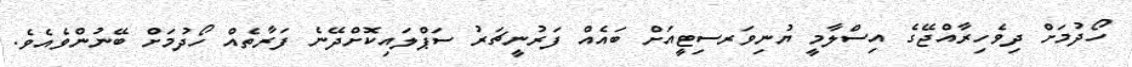
ހޯދުމަށް ދިވެހިރާއްޖޭގެ އިސްލާމީ ޔުނިވަރސިޓީއަށް ބައެއް ފަރުނީޗަރު ސަޕްލައިކޮށްދޭނެ ފަރާތެއް ހޯދުމަށް ބޭނުންވެއެވެ.